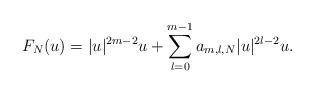
LaTeX: \begin{align*}F_N(u) = |u|^{2m - 2}u + \sum_{\l = 0}^{m-1} a_{m, \l, N} |u|^{2\l-2} u.\end{align*}